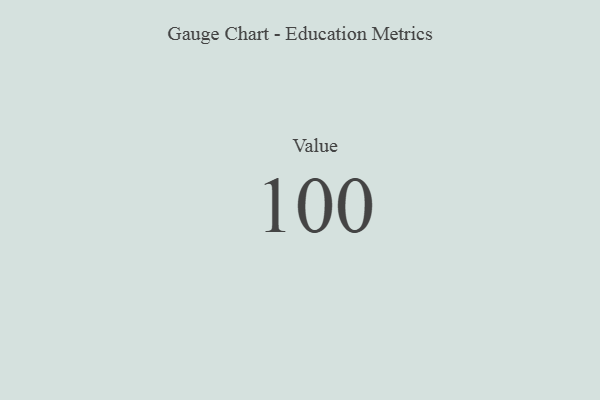
{"axis": {"x": "Metric", "y": "Value"}, "legend": [""], "data": [{"x": "Value", "y": 100, "type": ""}]}